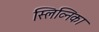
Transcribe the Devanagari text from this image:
स्लिव्निका